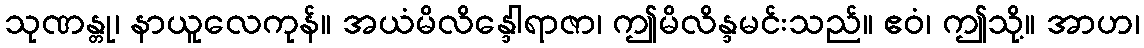
သုဏန္တု၊ နာယူလေကုန်။ အယံမိလိန္ဒေါရာဇာ၊ ဤမိလိန္ဒမင်းသည်။ ဧဝံ၊ ဤသို့။ အာဟ၊